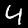
Label: 4